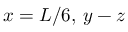
x = L / 6 , \, y - z